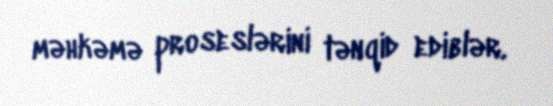
məhkəmə proseslərini tənqid ediblər.